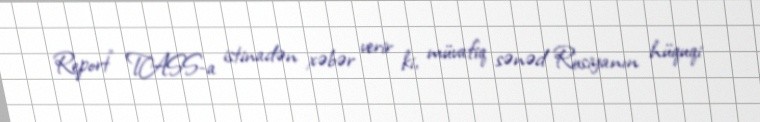
Report" TASS-a istinadən xəbər verir ki, müvafiq sənəd Rusiyanın hüquqi